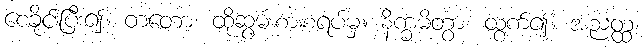
စေခိုင်းပြီး၍။ တတော၊ ထိုဆွမ်းစားစရပ်မှ။ နိက္ခမိတွာ၊ ထွက်၍။ အညတ္ထ၊